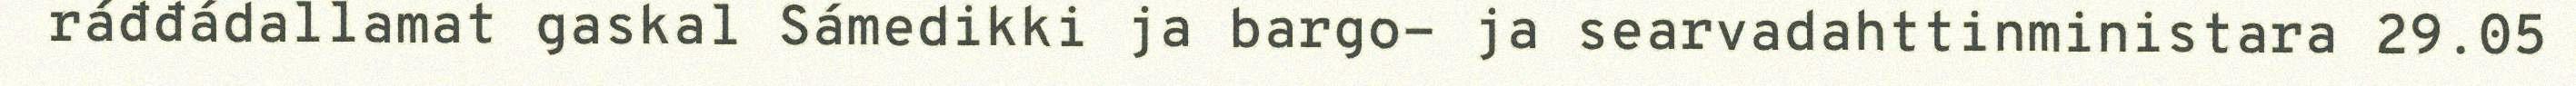
ráđđádallamat gaskal Sámedikki ja bargo- ja searvadahttinministara 29.05